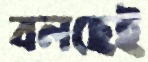
বলছেই